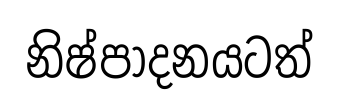
නිෂ්පාදනයටත්